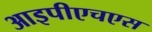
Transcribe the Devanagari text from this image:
आइपीएचएस